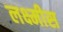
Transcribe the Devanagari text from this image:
लक्ष्मीस